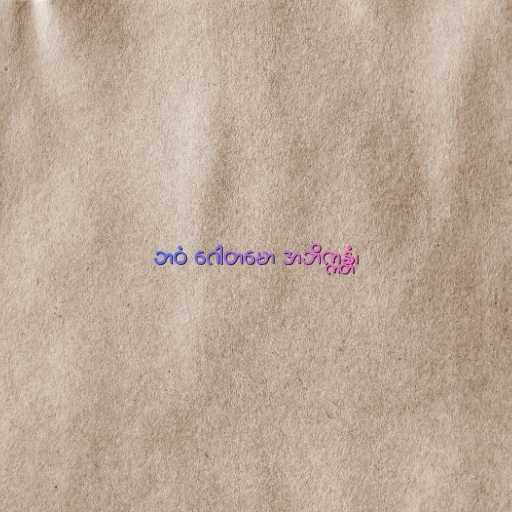
ဘဝံ ဂေါတမော အဘိက္ကန္တံ၊